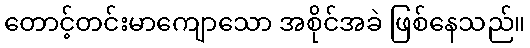
တောင့်တင်းမာကျောသော အစိုင်အခဲ ဖြစ်နေသည်။